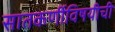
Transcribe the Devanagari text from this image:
सातकर्णीविषयीची